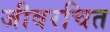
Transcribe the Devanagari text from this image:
जीवरचित